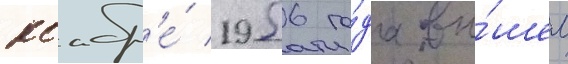
ноабр'е́ 1956 го́да вы́шел